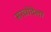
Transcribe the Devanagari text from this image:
सरवोदेला